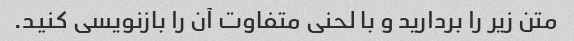
متن زیر را بردارید و با لحنی متفاوت آن را بازنویسی کنید.